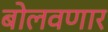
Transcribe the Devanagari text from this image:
बोलवणार